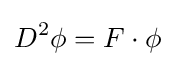
D^{2}\phi =F\cdot \phi